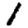
Digit: 1